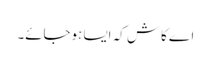
اے کاش کہ ایسا ہوجائے۔